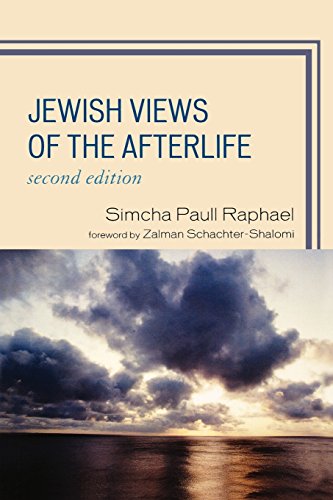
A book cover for Jewish Views of the Afterlife; Simcha Paull Raphael; Religion & Spirituality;